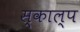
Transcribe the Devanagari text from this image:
स्काल्प